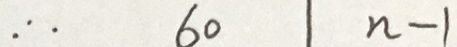
\therefore 6 0 \vert n - 1